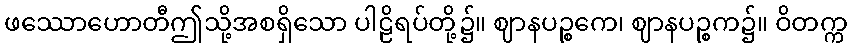
ဖဿောဟောတီဤသို့အစရှိသော ပါဠိရပ်တို့၌။ ဈာနပဉ္စကေ၊ ဈာနပဉ္စက၌။ ဝိတက္က